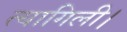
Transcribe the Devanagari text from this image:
त्यागिली।